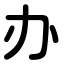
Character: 办